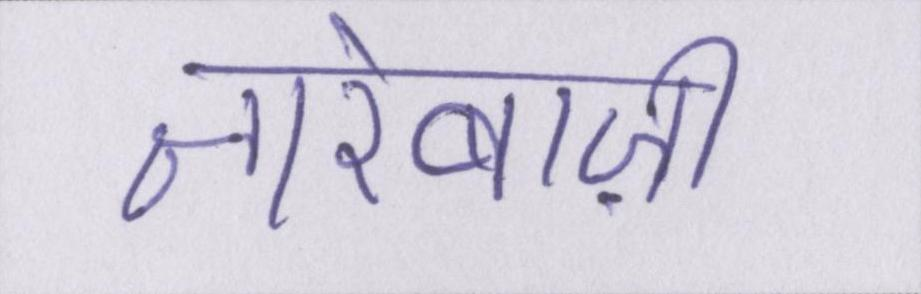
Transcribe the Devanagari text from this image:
नारेबाज़ी